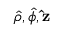
{ \boldsymbol { \hat { \rho } } } , { \boldsymbol { \hat { \phi } } } , \mathbf { \hat { z } }